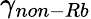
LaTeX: \gamma_{non-Rb}